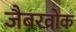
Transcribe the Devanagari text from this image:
जैबरवोक